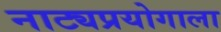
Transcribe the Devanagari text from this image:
नाट्यप्रयोगाला